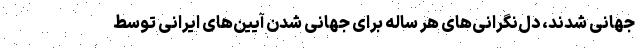
جهانی شدند، دل‌نگرانی‌های هر ساله برای جهانی شدن آیین‌های ایرانی توسط